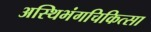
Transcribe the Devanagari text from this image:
अस्थिभंगचिकित्सा